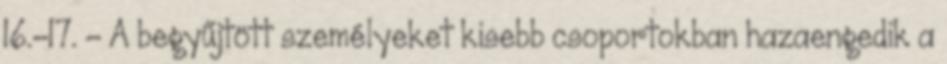
16.–17. – A begyűjtött személyeket kisebb csoportokban hazaengedik a